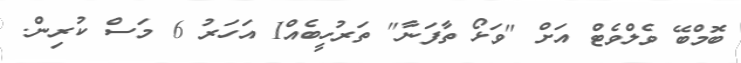
ބޮމްބޭ ވެލްވެޓް އަށް "ވަޅޯ ތާފަނާ" ތަރުހީބެއް1 އަހަރު 6 މަސް ކުރިން.